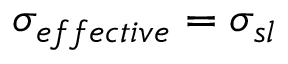
\sigma _ { e f f e c t i v e } = \sigma _ { s l }